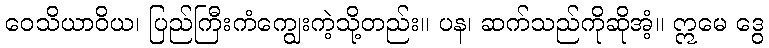
ဝေသိယာဝိယ၊ ပြည်ကြီးကံကျွေးကဲ့သို့တည်း။ ပန၊ ဆက်သည်ကိုဆိုအံ့။ ဣမေ ဒွေ